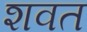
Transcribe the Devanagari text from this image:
शवत